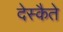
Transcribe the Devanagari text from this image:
देस्कैते